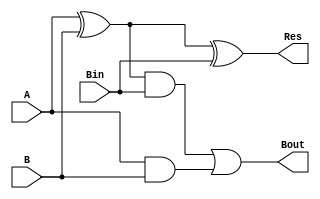
//Full adder
module FullAdder(input A, B, Bin, output Res, Bout);
assign Res = (A^B)^Bin;
assign Bout = ((A^B) & Bin) | (A & B);
endmodule

//Addition module
module addition(
input [31:0] op1,
input [31:0] op2,
input Cin,
output [32:0] result
);
wire [32:0] carry;
assign carry[0]=Cin;
genvar i;
generate
    for (i=0; i<=31; i=i+1) begin
        FullAdder FA(op1[i], op2[i], carry[i], result[i], carry[i+1]);
    end 
endgenerate
assign result[32]=carry[32];
endmodule

//Full Subtractor
module FullSubtractor(input A, B, Bin, output Res, Bout);
assign Res = A^B^Bin;
assign Bout = ~A & (B^Bin) | B & Bin;
endmodule

//subtraction module
module subtraction(
input [31:0] op1,
input [31:0] op2,
input Cin,
output [32:0] result
);
wire [32:0] carry;
assign carry[0]=Cin;
genvar i;
generate
    for (i=0; i<=31; i=i+1) begin
        FullSubtractor FS(op1[i], op2[i], carry[i], result[i], carry[i+1]);
    end 
endgenerate
assign result[32]=carry[32];
endmodule

//and module
module anding(
input [31:0] op1,
input [31:0] op2,
output [32:0] result
);
genvar i;
generate
    for (i=0; i<=31; i=i+1) begin
        assign result[i] = op1[i] & op2[i];
    end 
endgenerate
assign result[32]=0;
endmodule

//or module
module oring(
input [31:0] op1,
input [31:0] op2,
output [32:0] result
);
genvar i;
generate
    for (i=0; i<=31; i=i+1) begin
        assign result[i] = op1[i] | op2[i];
    end 
endgenerate
assign result[32]=1'b0;
endmodule